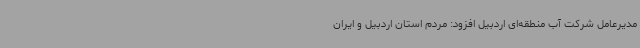
مدیرعامل شرکت آب منطقه‌ای اردبیل افزود: مردم استان اردبیل و ایران